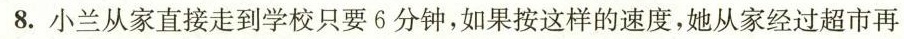
8.小兰从家直接走到学校只要6分钟，如果按这样的速度，她从家经过超市再